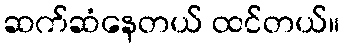
ဆက်ဆံနေတယ် ထင်တယ်။